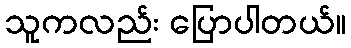
သူကလည်း ပြောပါတယ်။